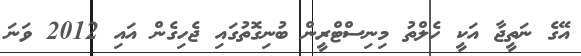
އޭގެ ނަތީޖާ އަކީ ހެލްތު މިނިސްޓްރީން ބުނިގޮތުގައި ޖެހިގެން އައި 2012 ވަނަ